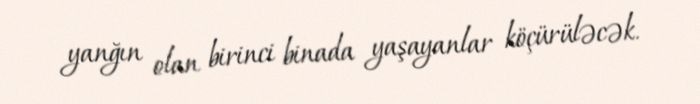
yanğın olan birinci binada yaşayanlar köçürüləcək.